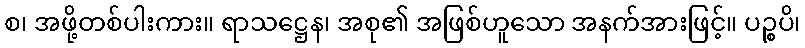
စ၊ အဖို့တစ်ပါးကား။ ရာသဋ္ဌေန၊ အစု၏ အဖြစ်ဟူသော အနက်အားဖြင့်။ ပဉ္စပိ၊